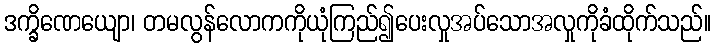
ဒက္ခိဏေယျော၊ တမလွန်လောကကိုယုံကြည်၍ပေးလှုအပ်သောအလှုကိုခံထိုက်သည်။